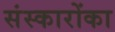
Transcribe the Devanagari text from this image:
संस्कारोंका